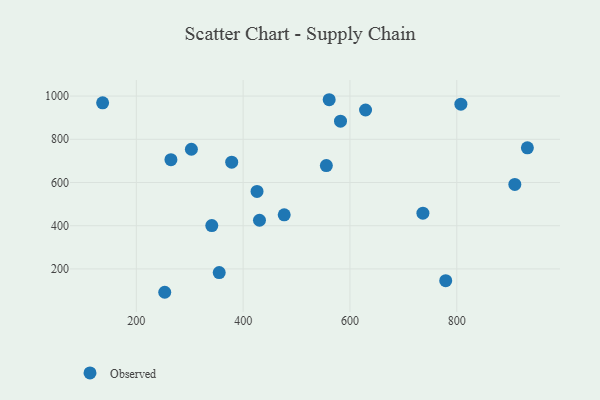
{"axis": {"x": "Engine Size", "y": "Sales"}, "legend": ["Observed"], "data": [{"x": "264.8", "y": 705.7, "type": "Observed"}, {"x": "582.3", "y": 883.9, "type": "Observed"}, {"x": "736.6", "y": 458.1, "type": "Observed"}, {"x": "253.2", "y": 91.9, "type": "Observed"}, {"x": "476.9", "y": 450.2, "type": "Observed"}, {"x": "341.3", "y": 400.6, "type": "Observed"}, {"x": "932.2", "y": 760.6, "type": "Observed"}, {"x": "378.6", "y": 694.1, "type": "Observed"}, {"x": "908.7", "y": 591.3, "type": "Observed"}, {"x": "426.0", "y": 558.6, "type": "Observed"}, {"x": "430.6", "y": 425.2, "type": "Observed"}, {"x": "303.1", "y": 753.8, "type": "Observed"}, {"x": "779.3", "y": 145.6, "type": "Observed"}, {"x": "629.2", "y": 935.6, "type": "Observed"}, {"x": "136.9", "y": 968.7, "type": "Observed"}, {"x": "561.1", "y": 983.1, "type": "Observed"}, {"x": "355.2", "y": 183.1, "type": "Observed"}, {"x": "555.8", "y": 678.3, "type": "Observed"}, {"x": "807.7", "y": 962.7, "type": "Observed"}]}